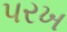
પરખ